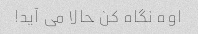
اوه نگاه کن حالا می آید!